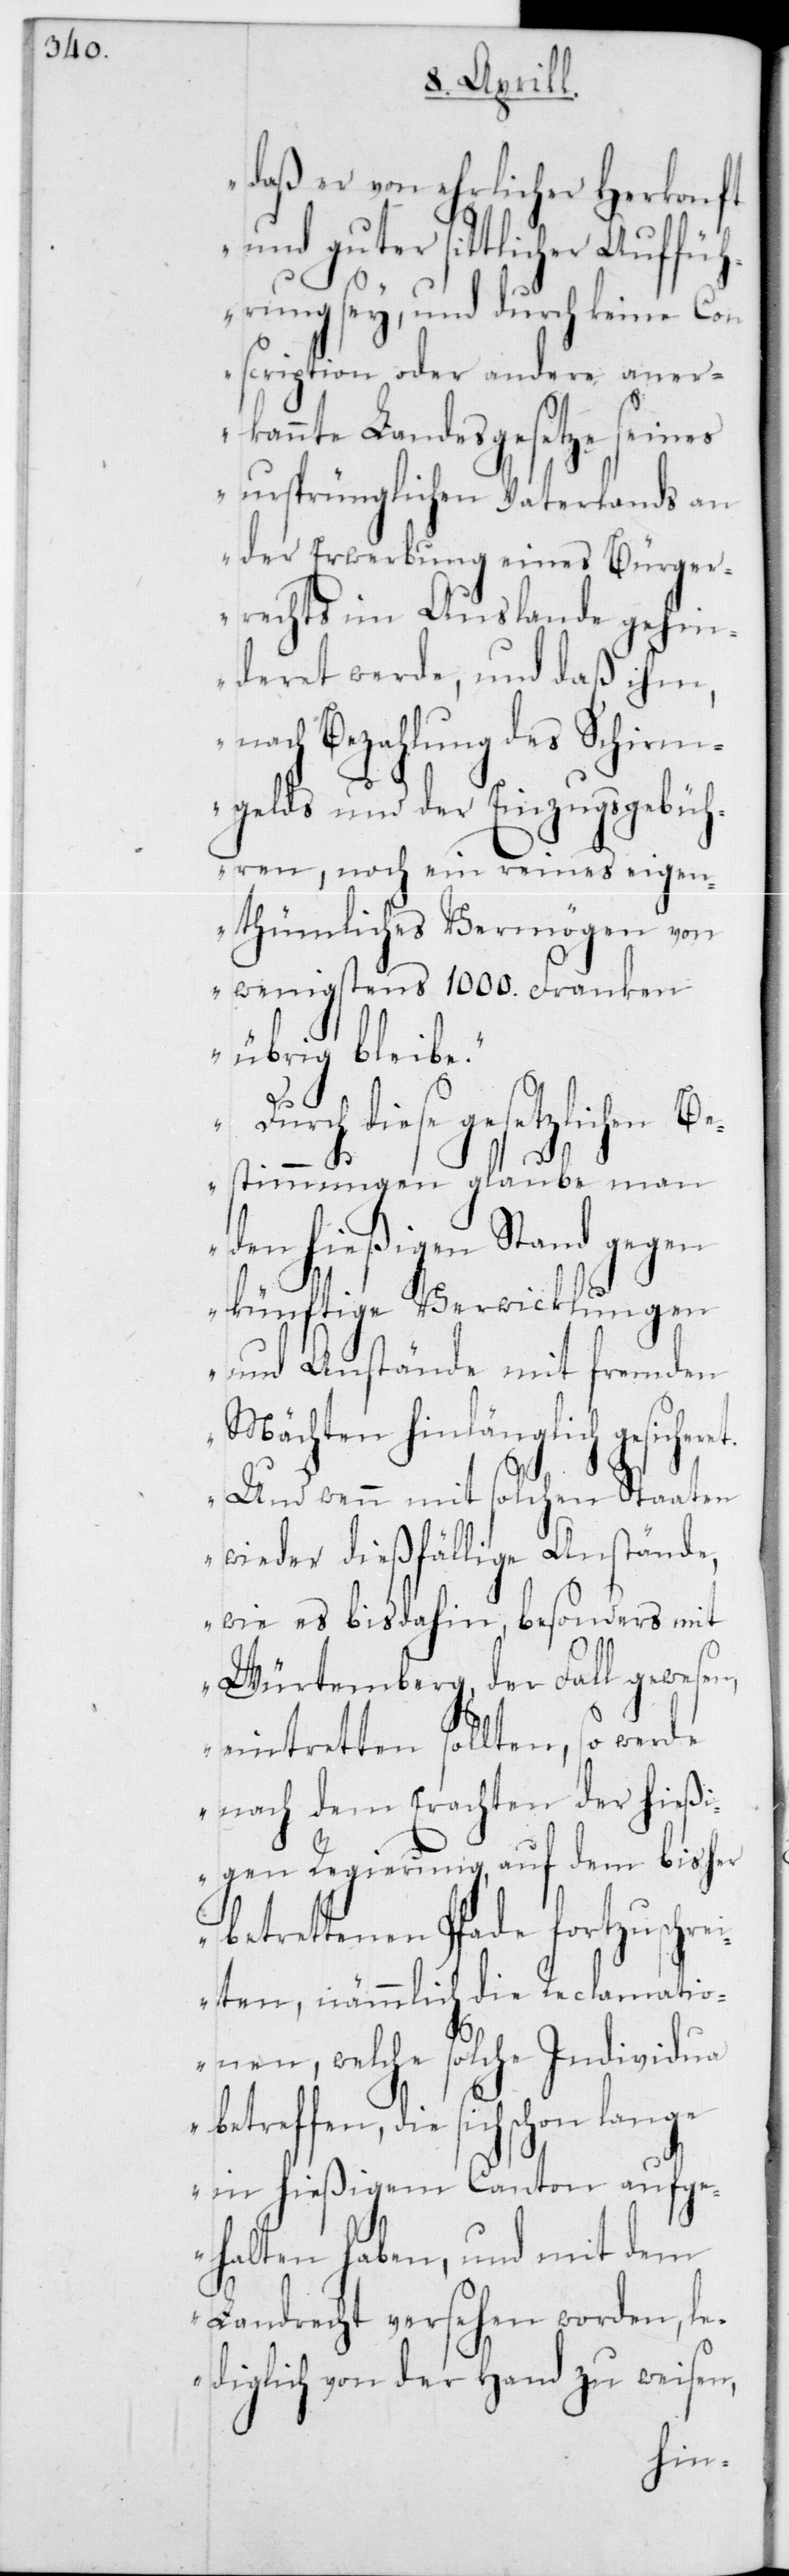
daß er von ehrlicher Herkonft
und guter sittlicher Auff¬
ührung sey, und durch keine Con¬
scription oder andere aner¬
kannte Landesgesetze seines
ursprünglichen Vaterlands an
der Erwerbung eines Bürger¬
rechts im Auslande gehin¬
deret werde, und daß ihm,
nach Bezahlung des Schirm¬
gelds und der Einzugsgebüh¬
ren, noch ein reines eigen¬
thümliches Vermögen von
wenigstens 1000 Franken
übrig bleibe.
diese gesetzlichen
et.
Bestimmungen glaube man
den hießigen Stand gegen
künftige Verwicklungen
und Anstände mit fremden
Mächten hinlänglich gesicher¬
Und wenn mit solchen Staaten
wieder dießfällige Anstände,
wie es bisdahin besonders mit
Würtemberg der Fall gewesen,
eintretten sollten, so werde
nach dem Erachten der hießi¬
gen Regierung, auf dem bisher
betrettenen Pfade fortzuschrei¬
ten, nämmlich die Reclamatio¬
nen, welche solche Individua
betreffen, die sich schon
in hießigem Canton aufge¬
halten haben, und mit dem
Landrecht versehen worden, le¬
diglich von der Hand zu weisen,